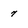
Character: 7